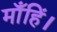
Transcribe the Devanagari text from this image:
माँहिं।